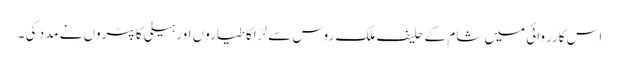
اس کارروائی میں شام کے حلیف ملک روس سے لڑاکا طیاروں اور ہیلی کاپٹروں نے مدد کی ۔